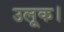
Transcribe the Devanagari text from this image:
उलूक।